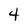
Character: 4